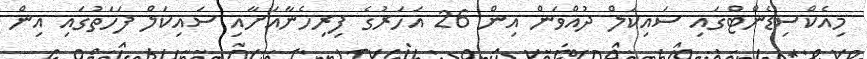
މިއެކްސިޑެންޓްގައި ސައިިކަލް ދުއްވަން އިން 26 އަހަރުގެ ފިރިހެނާއަށާއި ސައިކަލް ފަހަތުގައި އިން